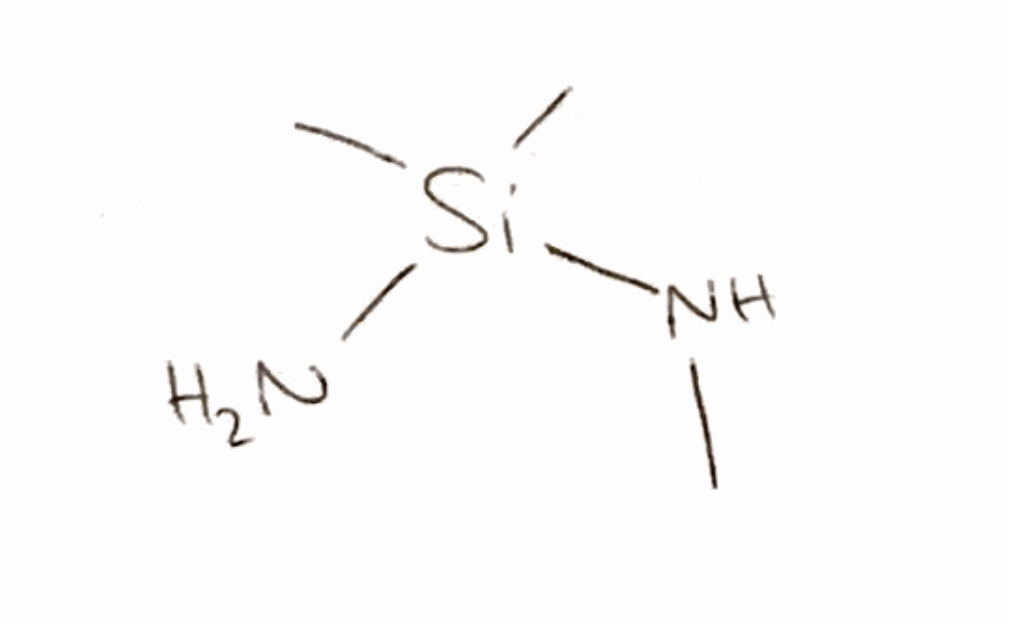
Simplified molecular-input line-entry system (SMILES) notation of the given molecule:
CN[Si](C)(C)N